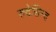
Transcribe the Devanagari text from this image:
रुदेसिन्द